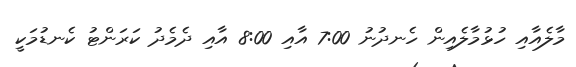
މާލެއާއި ހުޅުމާލެއިން ހެނދުނު 7:00 އާއި 8:00 އާއި ދެމެދު ކަރަންޓު ކެނޑުމަކީ